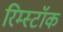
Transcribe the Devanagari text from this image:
रिम्स्टॉक